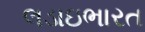
લડાઇભારત